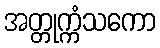
အတ္တုက္ကံသကော